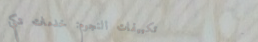
تكييفات النجوم: خدمات تكي